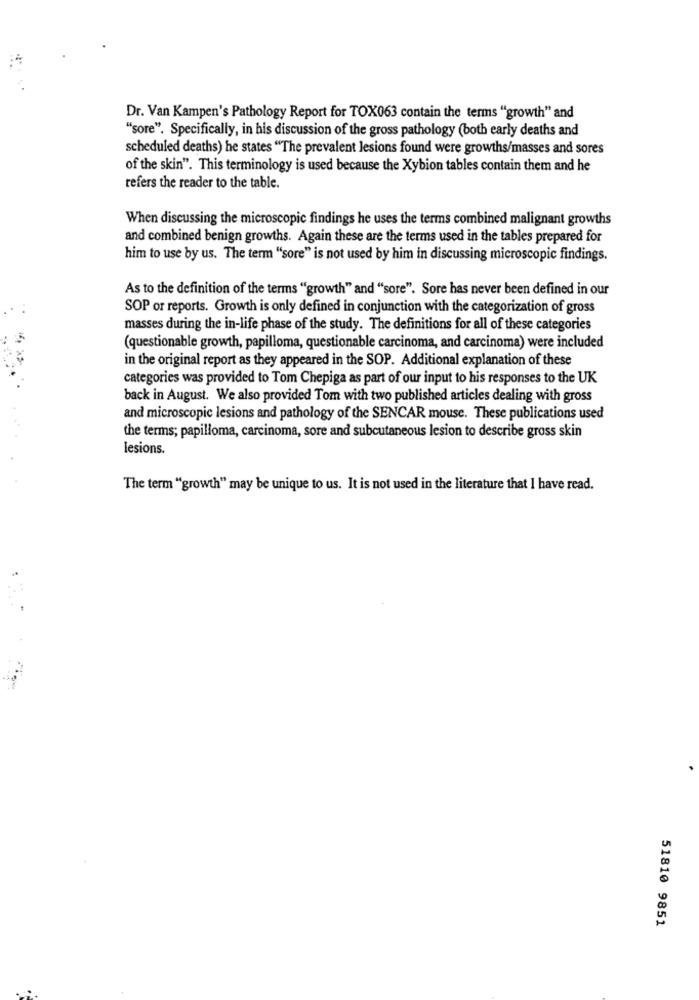
Dr. Van Kampen's Pathology Report for TOX063 contain the terms "growth" and
"sore". Specifically, in his discussion of the gross pathology (both early deaths and
scheduled deaths) he states "The prevalent lesions found were growths/masses and sores
of the skin". This terminology is used because the Xybion tables contain them and he
refers the reader to the table.
When discussing the microscopic findings he uses the terms combined malignant growths
and combined benign growths. Again these are the terms used in the tables prepared for
him to use by us. The term "sore" is not used by him in discussing microscopic findings.
As to the definition of the terms "growth" and "sore". Sore has never been defined in our
SOP or reports. Growth is only defined in conjunction with the categorization of gross
masses during the in-life phase of the study. The definitions for all of these categories
(questionable growth, papilloma, questionable carcinoma, and carcinoma) were included
in the original report as they appeared in the SOP. Additional explanation of these
categories was provided to Tom Chepiga as part of our input to his responses to the UK
back in August. We also provided Tom with two published articles dealing with gross
and microscopic lesions and pathology of the SENCAR mouse. These publications used
the terms; papilloma, carcinoma, sore and subcutaneous lesion to describe gross skin
lesions.
The term "growth" may be unique to us. It is not used in the literature that I have read.
51810 9851